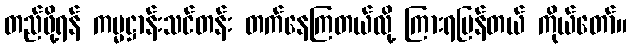
တည်ဖို့ရန် ကမ္မဋ္ဌာန်းသင်တန်း တက်နေကြတယ်လို့ ကြားရပြန်တယ် ကိုယ်တော်။